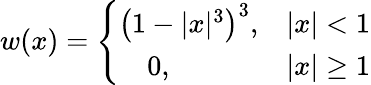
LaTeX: w(x)=\left\{ \begin{array}{ll}{\left(1-|x|^{3}\right)^{3},}&{|x|<1}\\ {~~~~0,}&{|x|\ge 1}\end{array}\right.